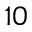
1 0